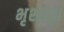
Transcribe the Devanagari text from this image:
भृशम्॥